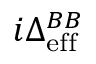
i \Delta _ { \mathrm { e f f } } ^ { B B }